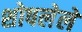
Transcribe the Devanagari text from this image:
शोषलेले